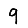
Digit: 9